Bréfritari: Jón Gunnsteinsson
Viðtakandi: Jón Borgfirðings Jónsson
Dagsetning: A-1859-01-10
Skrifað á: Víðivöllum  N-Múl.

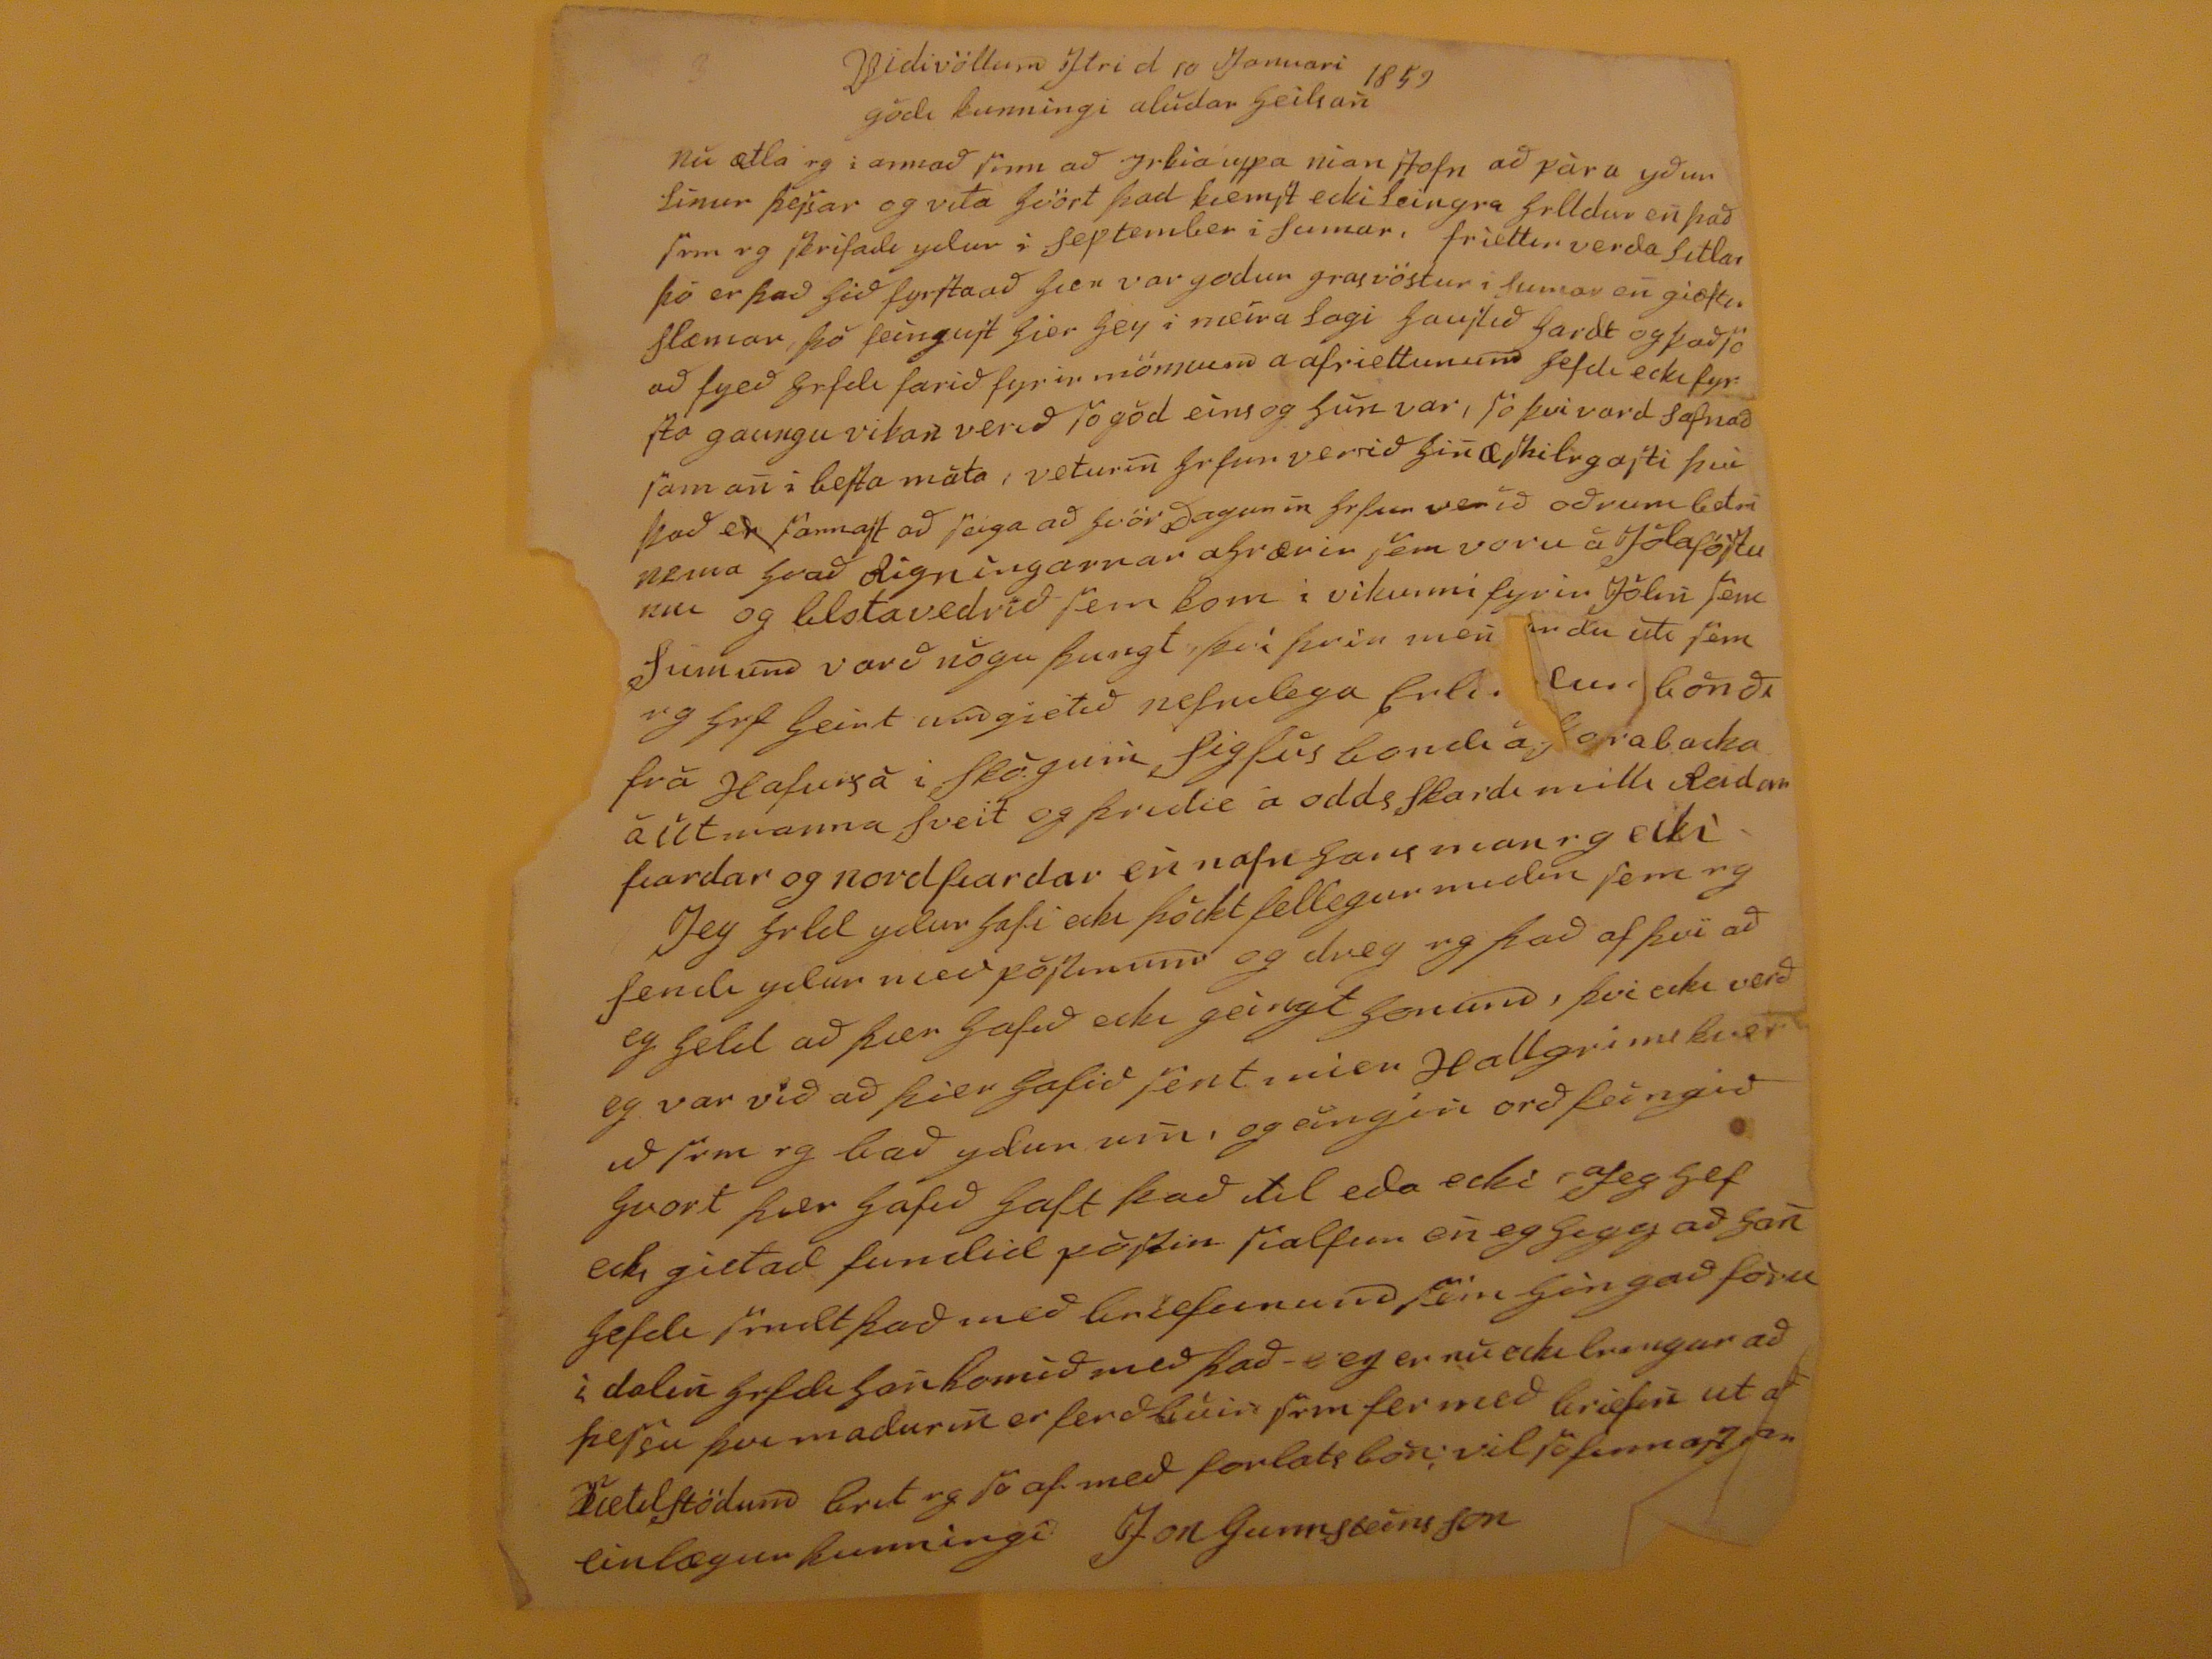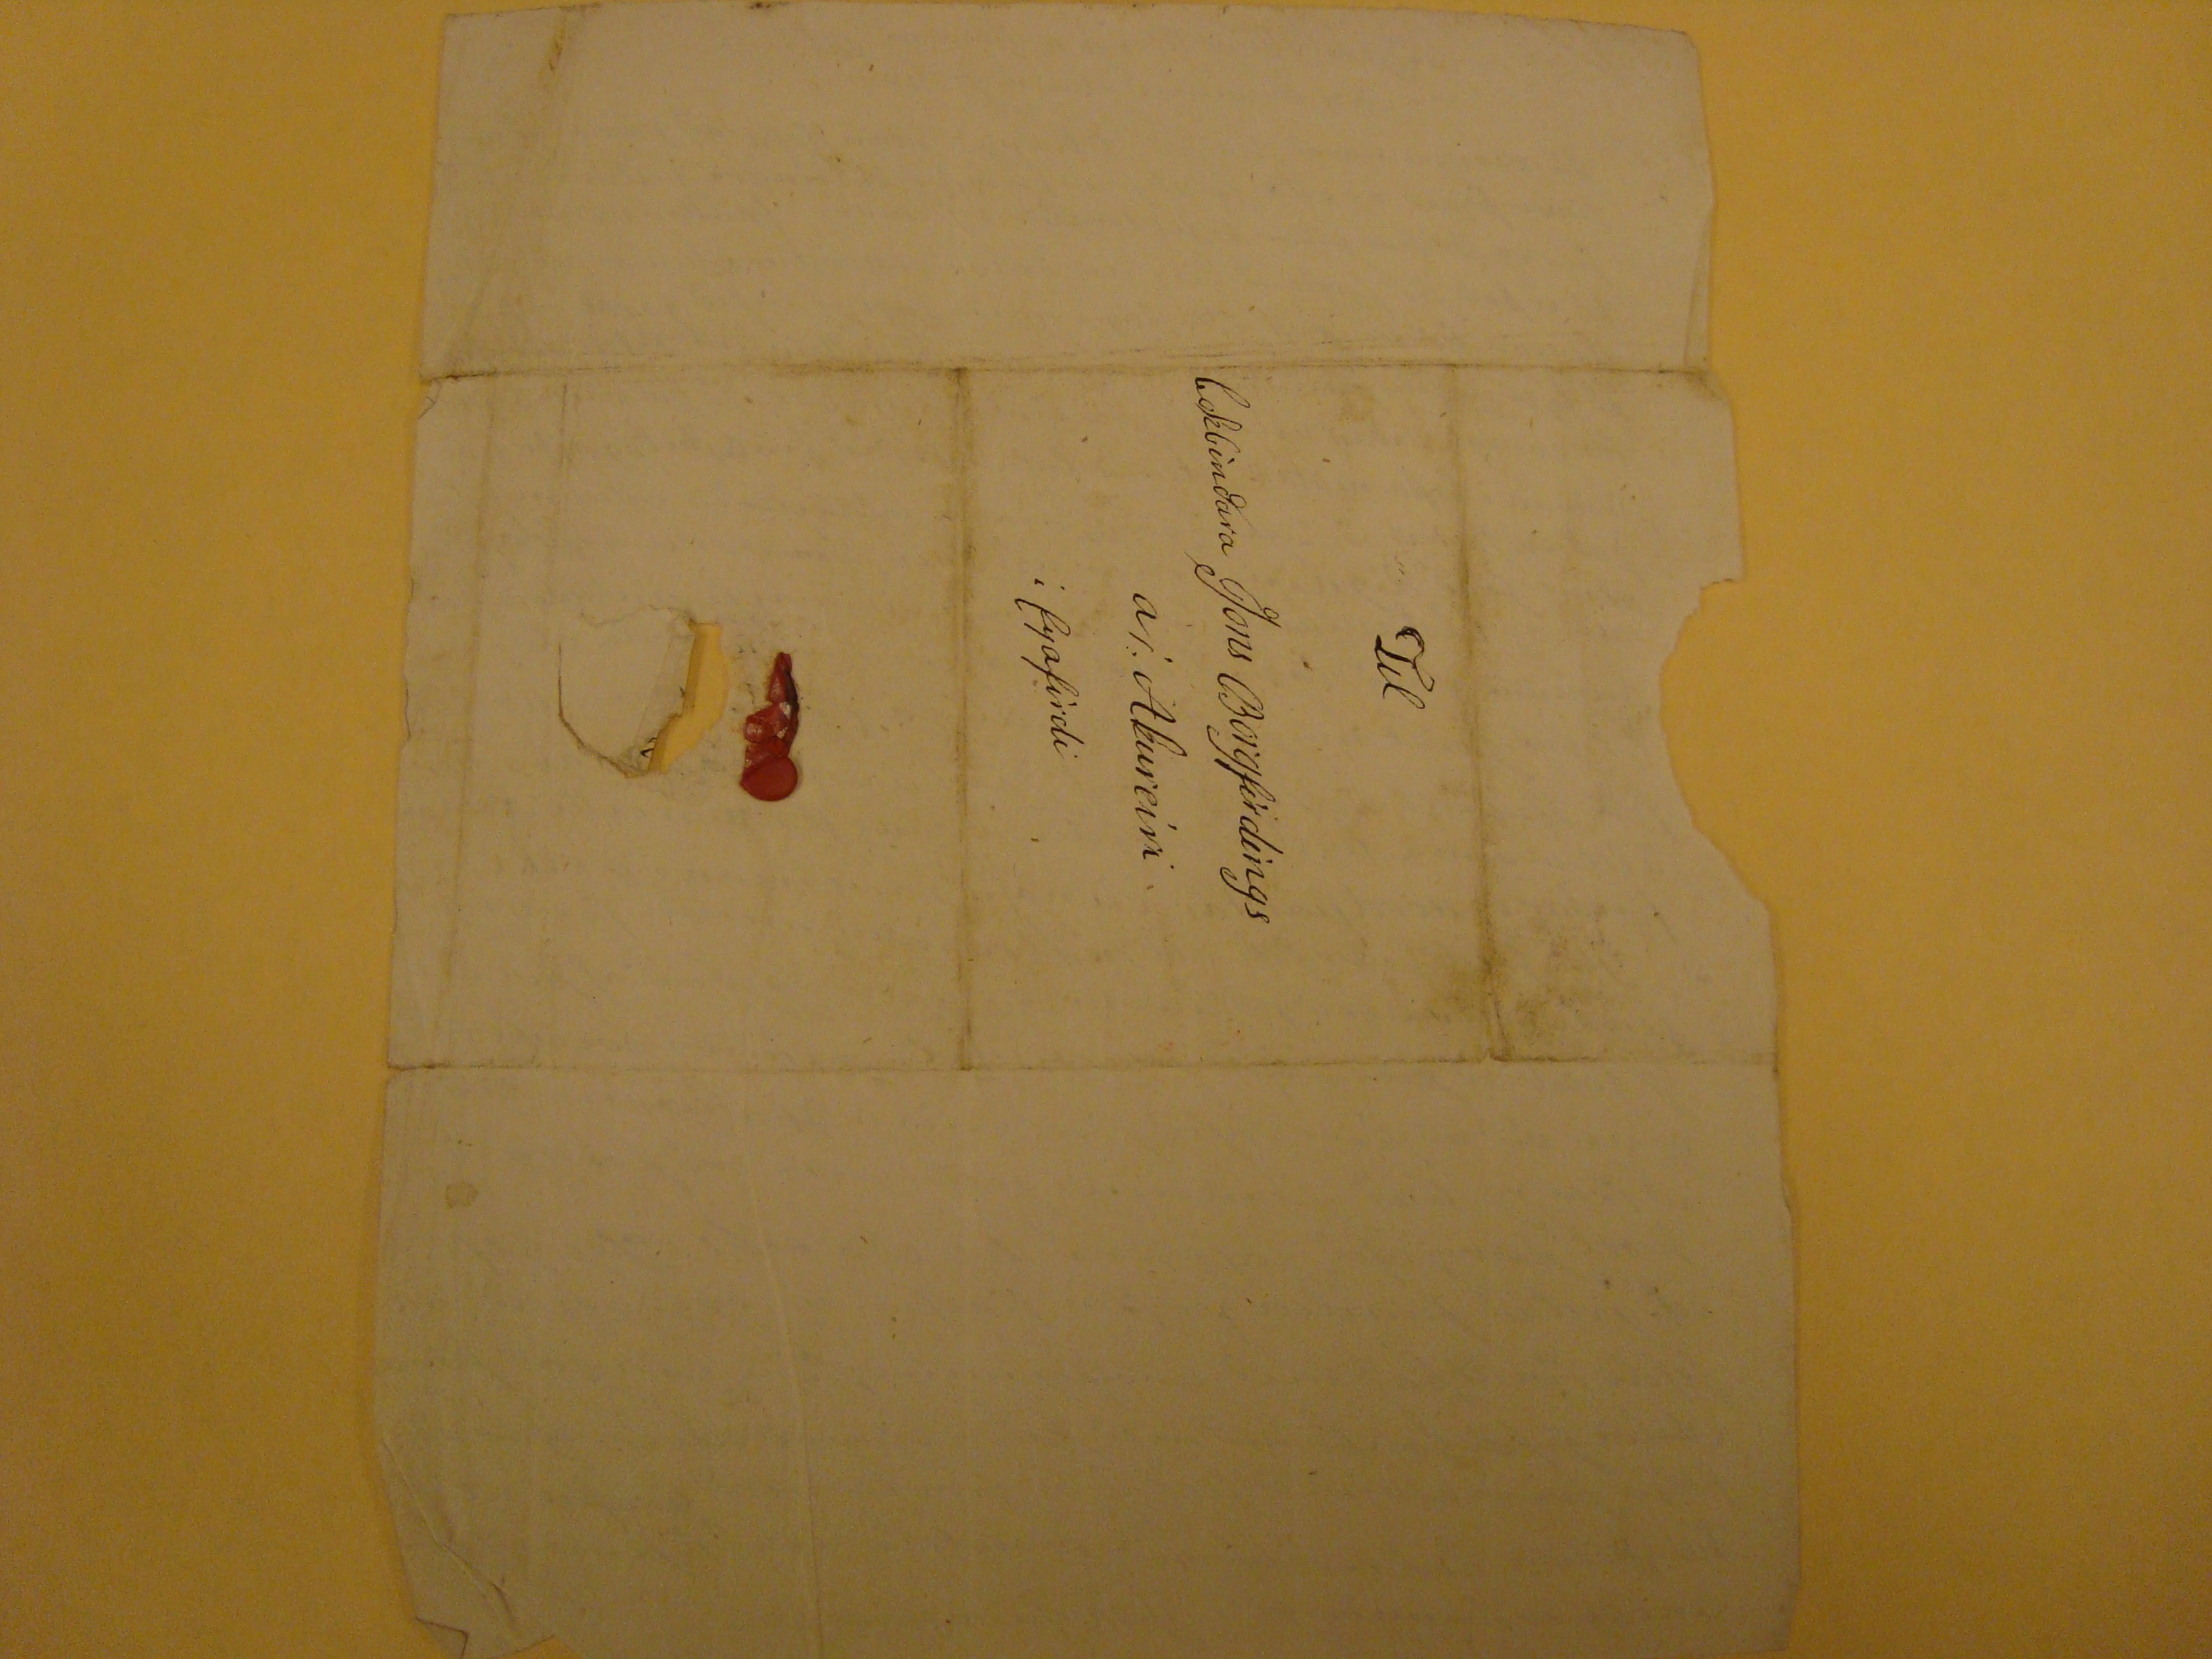

Vidivöllum Ytri d 10 Januari 1859
gódi kunningi alúdar heilsan
Nú ætla eg i annað sinn að
Jebia
uppa nian stofn að pára yður línur þessar og vita hvört þad kiemst ecki leingra heldur en það sem eg skrifadi ydur i September i Sumar, friettir verda litlar þó er það hið fyrstaað hier var godur grasvöstur i Sumar e
n
giæftu
Slæmar þó feingust hier hey i meíra lagi haustið hardt og það so að fyeð hefdi farið fyrir mönnum a afriettunum hefdi ecki fyrsto gaungu vikan verið so gód eíns og hún var, so þvi vared Safnað sama
n
i besta máta, veturi
n
hefur verið hi
n
æskilegasti þvi það er sannast að seiga að hvör
aðaguni
n
hefur verið oðrum betri nema hvað
Rigníngarnar
ahrærir sem voru á Jólaföstunni og
blstavedrið
sem kom i vikunni fyrir jólin sem Sumum varð nógu þungt því þrir me
n
urdu
úti sem eg hef heirt um gietið nefnilega
Erlendur
bónði frá hafursá i Skógum Sigfús bondi a
?orabacka
á Útmanna Sveit og þridie á oddsSkardi milli Reidarfiardar og nordfiardar e
n
nafn hans man eg ecki Jeg held ydur hafi ecki þóckt fellegur midin sem eg sendi ydur med póstinum og dreg eg það af því að eg held að þier hafið ecki geíngt honum, þvi ecki verð eg var við að þier hafið sent mier Hallgrimskverið sem eg bað ydur u
m
, og eingín orð feingið hvort þier hafið haft það til eda ecki
afeg
hef ecki gietad fundid póstin sialfur e
n
eg higg að ha
n
hefdi sendt það með briefunum sem hingað fóru í dagli
n
hefdi ha
n
komið með það eg er nú ecki leingur að þessu þvi maduri
n
er ferðbúin sem fer með briefi
n
ut að Kietilstödum brit eg so af med forlatsbón; vil so finnast
???
einlægur kunningi Jon Gunnsteinsson
Til
bokbindara Jons Borgfirdings
a/ Akureíri
í Eyafírdi